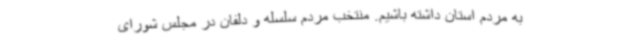
به مردم استان داشته باشیم. منتخب مردم سلسله و دلفان در مجلس شورای